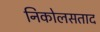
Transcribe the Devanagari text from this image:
निकोलसताद